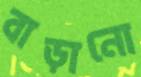
বাড়ানো